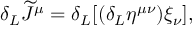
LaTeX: \delta _ { L } \widetilde { \cal J } ^ { \mu } = \delta _ { L } [ ( \delta _ { L } \eta ^ { \mu \nu } ) \xi _ { \nu } ] ,